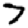
Digit: 7